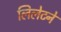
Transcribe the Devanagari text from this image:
लिलेटने